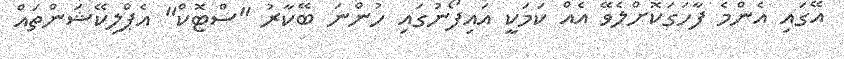
އޭގައި އެންމެ ފާހަގަކޮށްލެވޭ އެއް ކަމަކީ އައިފޯނުގައި ހުންނަ ބޭކާރު "ސްޓޮކް" އެޕްލިކޭޝަންތައް